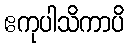
ဧကုပါသိကာပိ